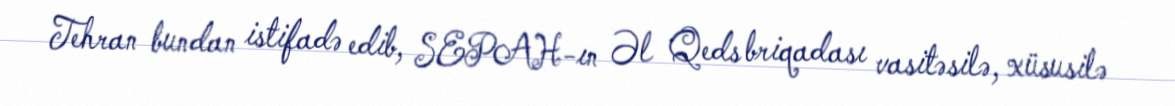
Tehran bundan istifadə edib, SEPAH-ın Əl Qeds briqadası vasitəsilə, xüsusilə